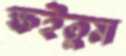
ক্ষইতুম